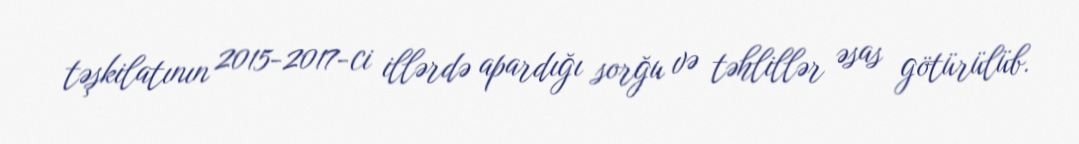
təşkilatının 2015-2017-ci illərdə apardığı sorğu və təhlillər əsas götürülüb.